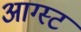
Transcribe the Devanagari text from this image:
आग्‍स्‍ट